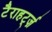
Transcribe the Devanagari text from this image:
टैराहर्ट्ज़